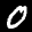
Label: 0